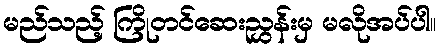
မည်သည့် ကြိုတင်ဆေးညွှန်းမှ မလိုအပ်ပါ။